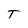
Character: T